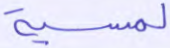
لمسية